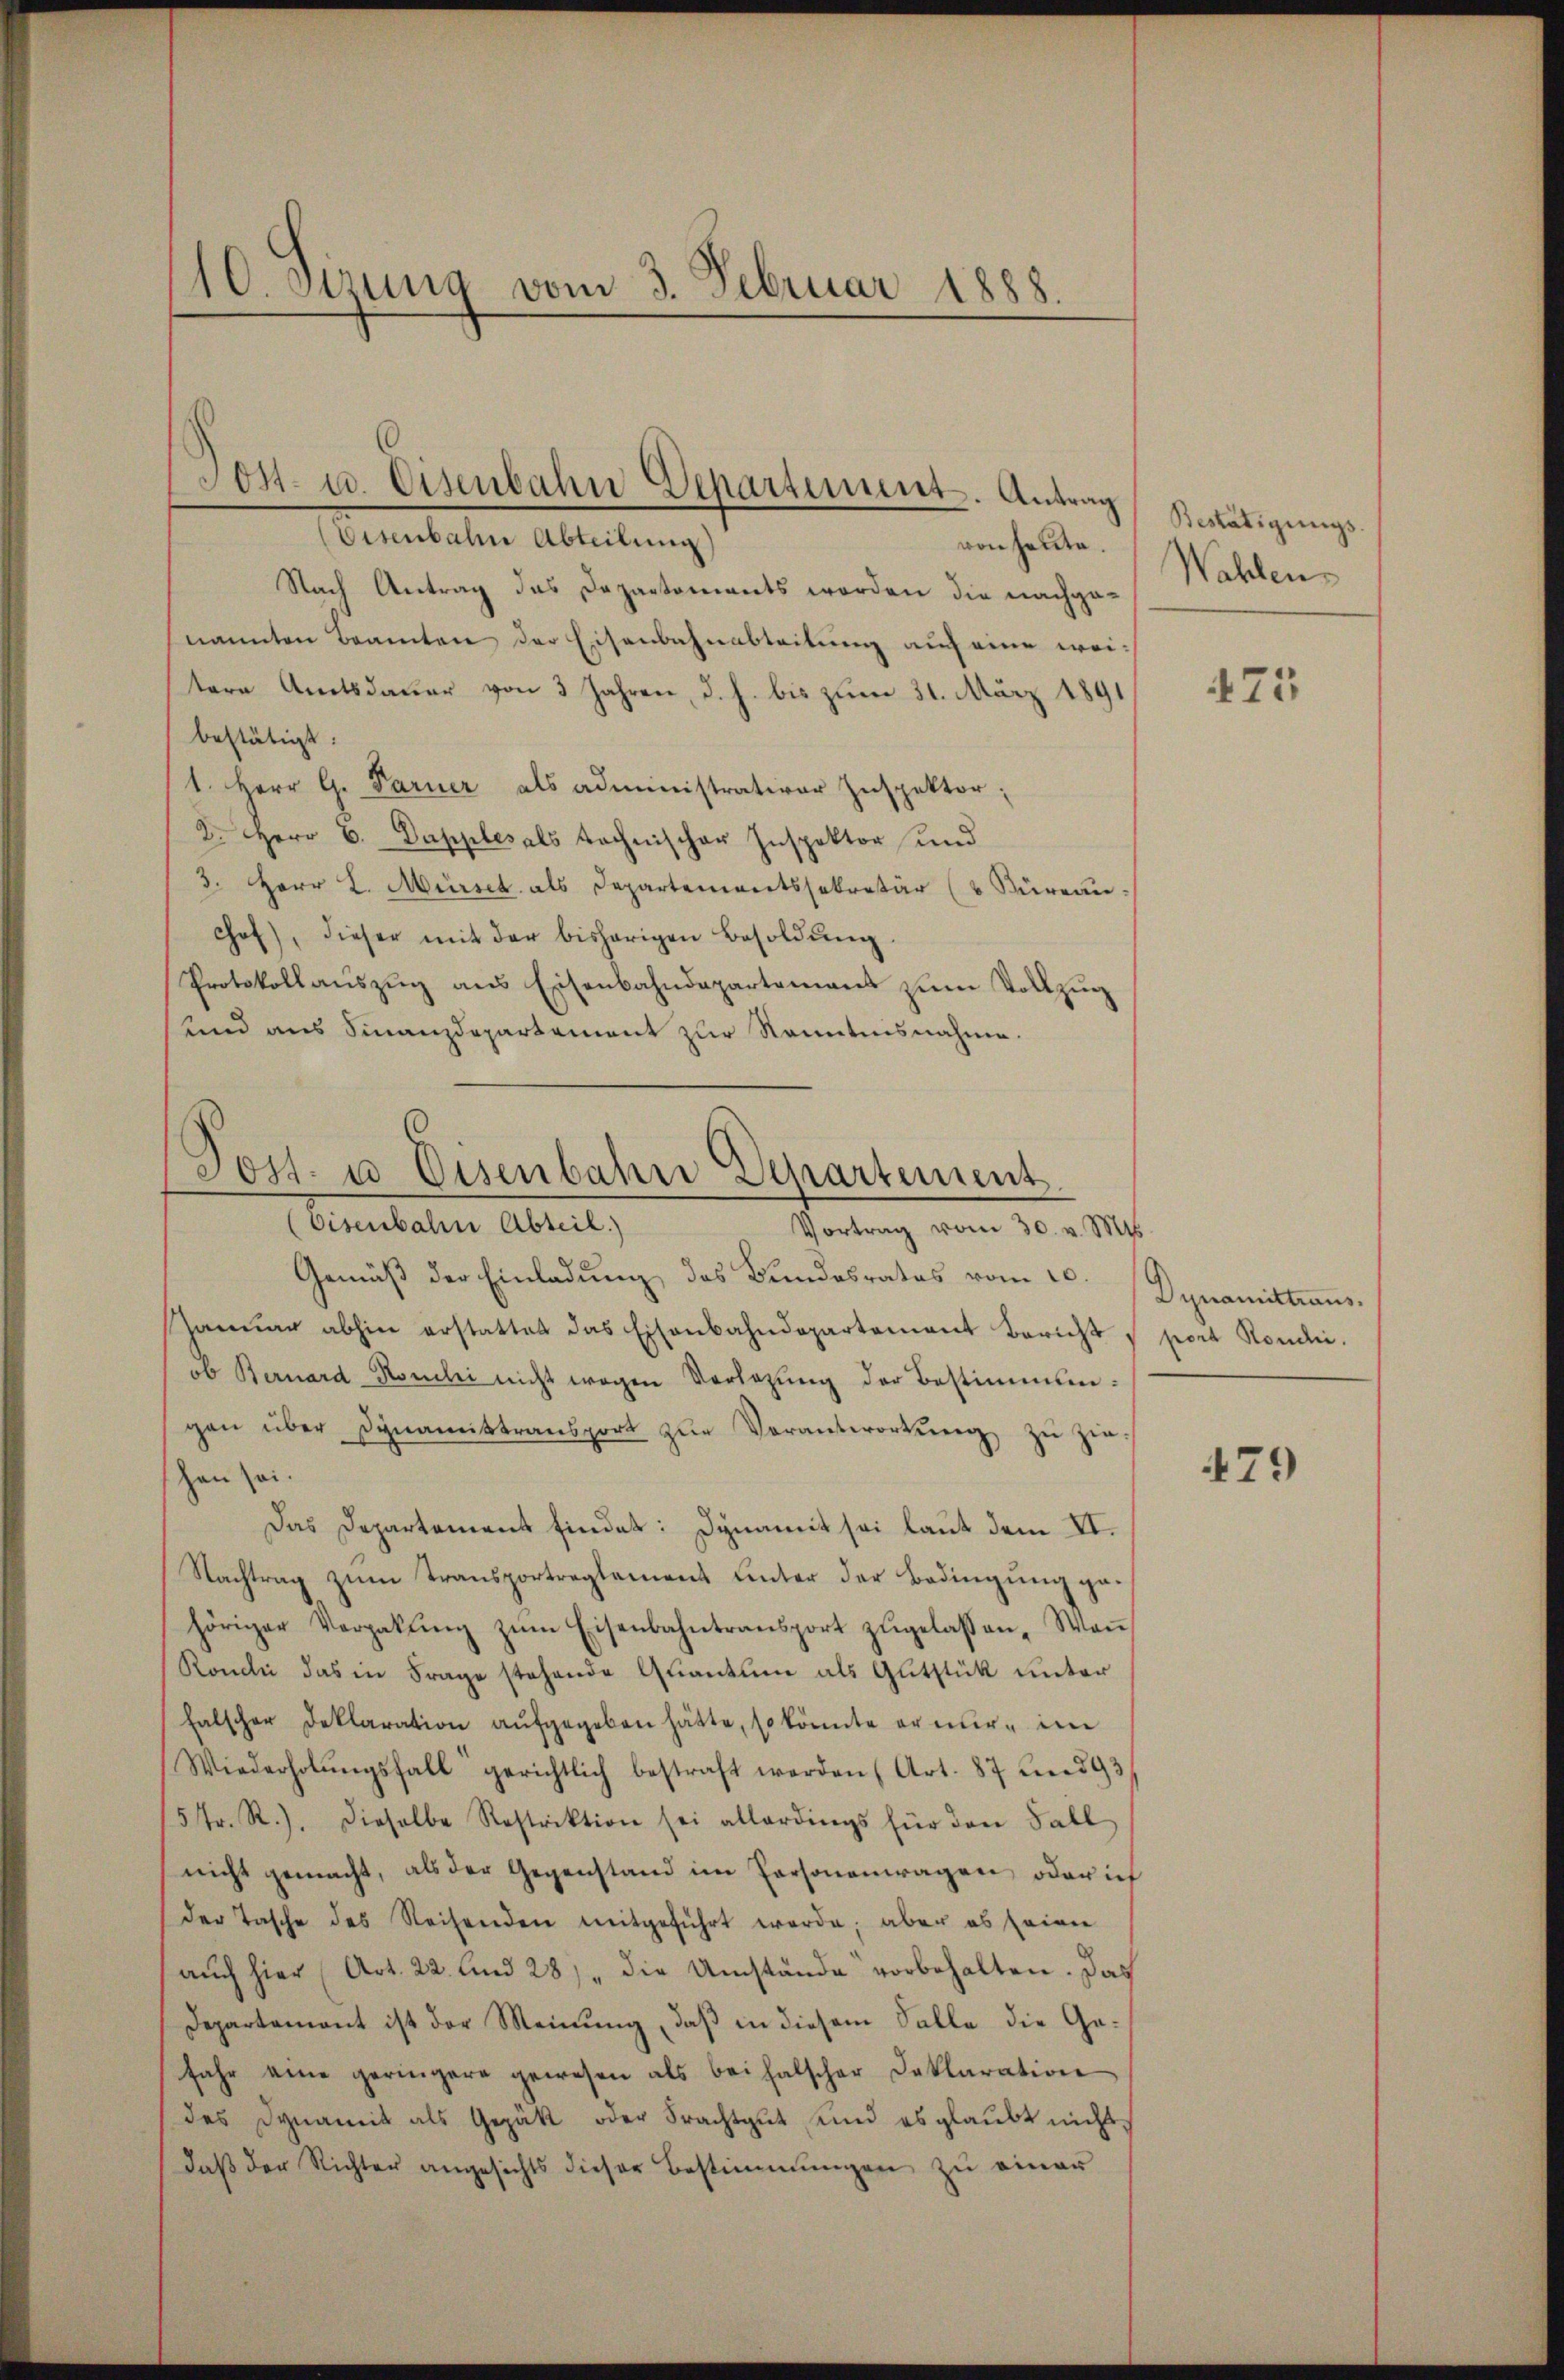
10. dirung vom 3. Februar 1888.

Eisenbahn Abteilung)
von heute.
Nach Antrag das Departements werden die nachgenannten Beamten der Eisenbahnableitung auf eine weitere Amtsdauer von 3 Jahren, d. h. bis zum 31. März 1891
bestätigt
1. Herr G. Parner als administrativer Inspektor;
2. Herr C. Dapples als technischer Inspektor und
3. Herr L. Mürsek als Departementssekretär ( Büreau.
Chof), dieser mit der bisherigen Besoldŭng
Protokollauszug aus Eisenbahndepartement zum Vollzug
und aus Finanzdepartement zur Kenntnisnahme.

Son- u. Eisenbahn Departement. Antrag

(Post- u Eisenbahn Departement
Eisenbahn Abteil)
Vortrag vom 30. v. Mts.

Gemäß der Einladung des Bundesrates vom 10. Dynamittrans¬
Januar abhin erstattet das Eisenbahndepartement Berichts port Rondie.
ob Bernard-Koulii nicht wegen Vorlegung der Bestimmungen über dynamiktransport zŭr Verantwortung zŭ ziehen sei.
Das Departement findet: Dynamit sei laut dem II.
Nachtrag zum Transportreglement unter der Bedingung gehöriger Vergabŭng zŭm Eisenbahntransport zŭgelassen, Wan
Rondi das in Frage stehende Quantum als Gutstück unter
falscher Deklaration aŭfgegeben hätte, so könnte er nur im
Wiederholŭngsfall gerichtlich bestraft werden (Art. 87 und 93
5fr. R.), dieselbe Restriktion sei allerdings für den Fall
nicht gemacht, als der Gegenstand im Personenwagen, oder ich
der Tasche des Reihenden mitgeführt werde; aber es seine
auch hier (Art. 22. und 28. die Umstände vorbehalten. Das
Departement ist der Meinung, daß in diesem Falle die Ge¬
Jahr eine geringere gewesen als bei halscher Deklaration
des Dynamik als Gezak oder Frachtgut und es glaubt nicht,
daβ der Richter angesichts dieser Bestimmungen zu einer

Bestätigungs
Wahlen

473

479